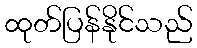
ထုတ်ပြန်နိုင်သည်